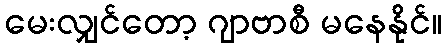
မေးလျှင်တော့ ဂျာဗာစီ မနေနိုင်။